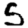
Digit: 5